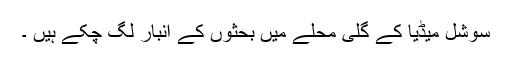
سوشل میڈیا کے گلی محلے میں بحثوں کے انبار لگ چکے ہیں ۔